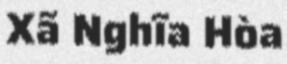
Xã Nghĩa Hòa